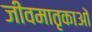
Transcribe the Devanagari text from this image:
जीवमातृकाओं